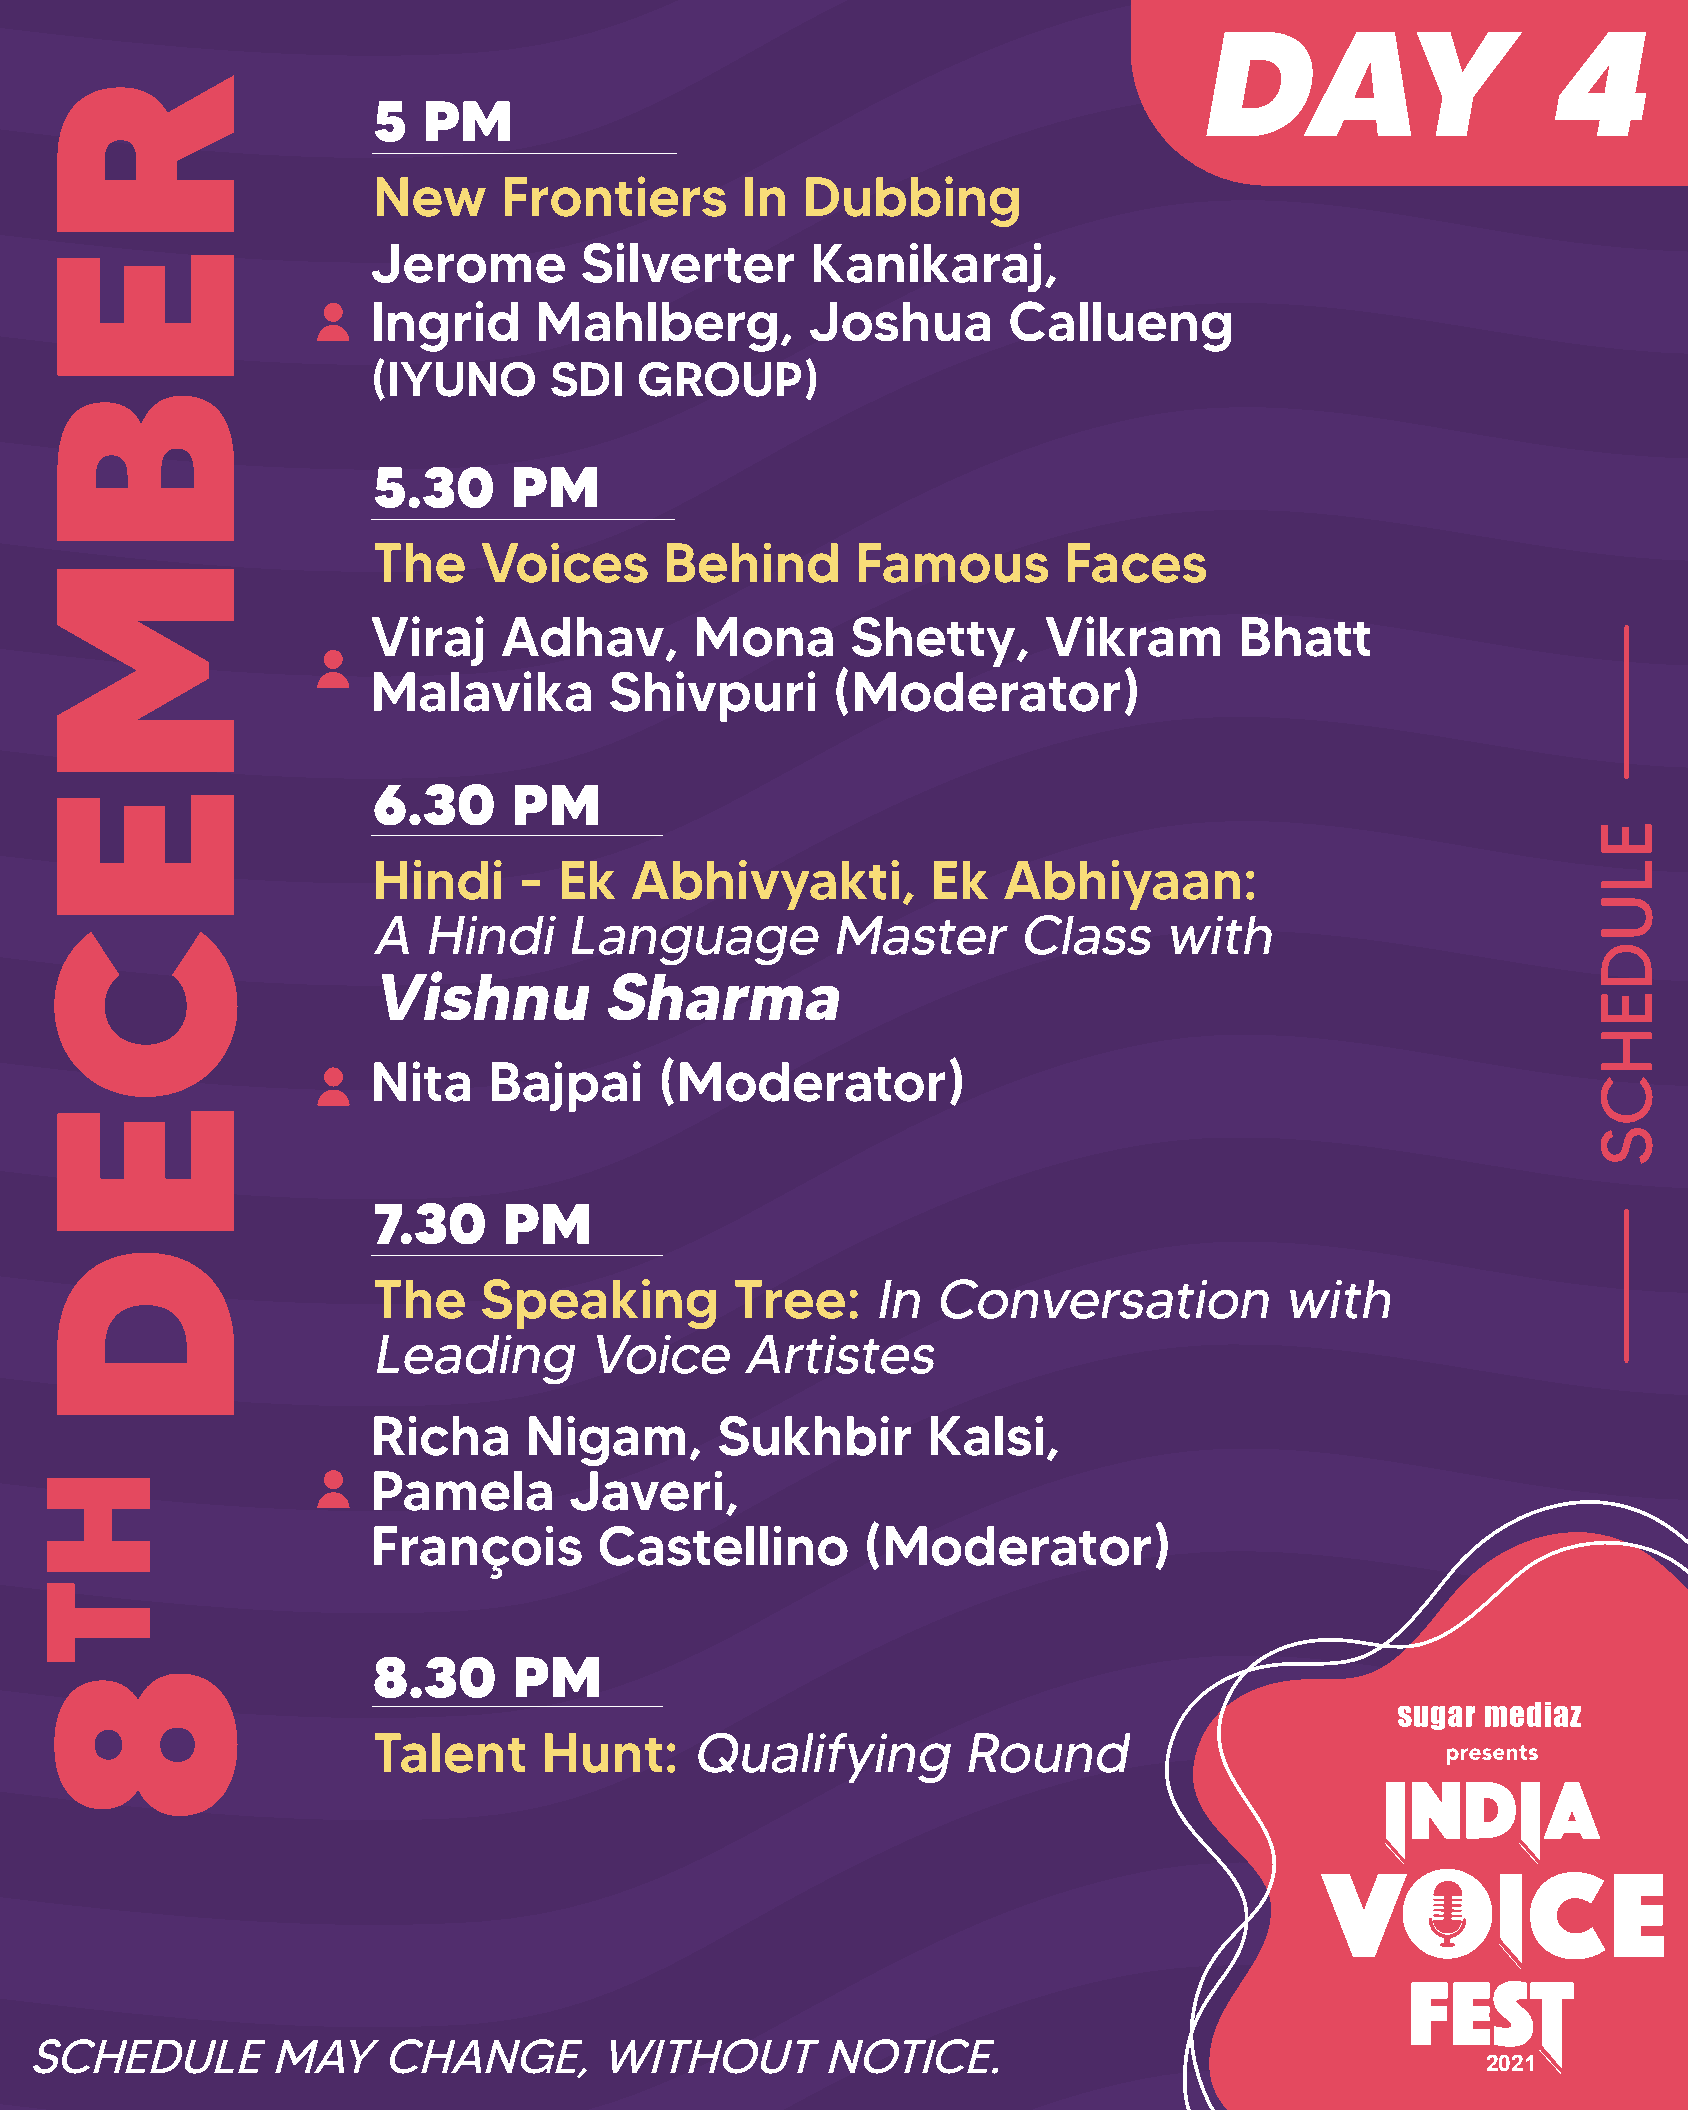
DAY                    4
 5  PM
 New     Frontiers       In  Dubbing
 Jerome       Silverter       Kanikaraj,
 Ingrid    Mahlberg,          Joshua       Callueng
 (IYUNO     SDI   GROUP)
 5.30     PM
 The    Voices      Behind       Famous       Faces
 Viraj   Adhav,       Mona      Shetty,      Vikram       Bhatt
 Malavika       Shivpuri       (Moderator)
 6.30     PM
 Hindi    -  Ek   Abhivyakti,         Ek  Abhiyaan:
 AHindiLanguageMasterClasswith
 VishnuSharma
 Nita   Bajpai      (Moderator)
 7.30    PM
 The    Speaking         Tree:    InConversationwith
 LeadingVoiceArtistes
 Richa     Nigam,      Sukhbir       Kalsi,
 Pamela       Javeri,
 François       Castellino       (Moderator)
 8.30     PM
 Talent     Hunt:     QualifyingRound
 SCHEDULEMAYCHANGE,WITHOUTNOTICE.
 2021
 REBMECED
 HT8
 ELUDEHCS